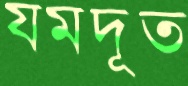
যমদূত